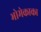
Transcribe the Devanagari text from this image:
भोमेकाका